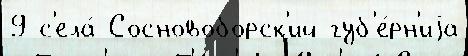
9 с'ела́ Сосновоборск'ий губ'е́рн'иjа